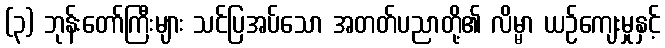
(၃) ဘုန်းတော်ကြီးများ သင်ပြအပ်သော အတတ်ပညာတို့၏ လိမ္မာ ယဉ်ကျေးမှုနှင့်